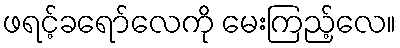
ဖရင့်ခရော်လေကို မေးကြည့်လေ။